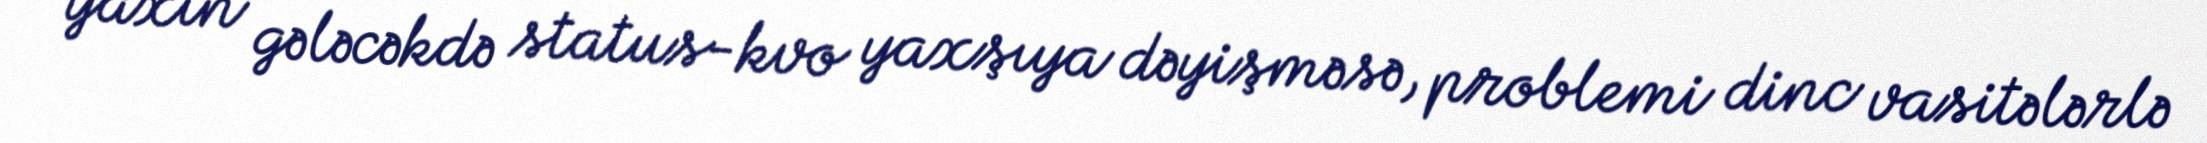
yaxın gələcəkdə status-kvo yaxşıya dəyişməsə, problemi dinc vasitələrlə